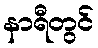
နာရီတွင်